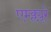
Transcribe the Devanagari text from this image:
एम्क्ल्यूरे